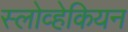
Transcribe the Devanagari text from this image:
स्लोव्हेकियन